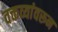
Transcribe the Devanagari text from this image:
वक्तव्यांवरून